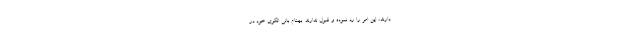
دارند، این امر را رد نموده و قبول ندارند. بهنام بانی الگوی خود در